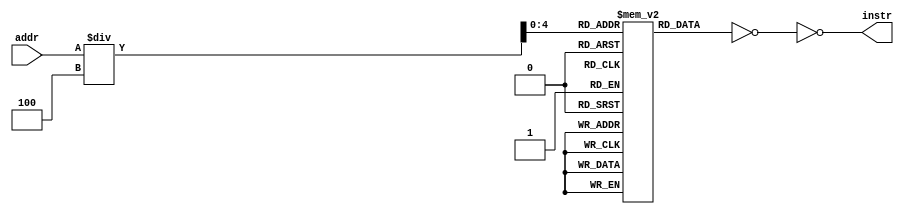
`timescale 1ps / 100fs
//////////////////////////////////////////////////////////////////////////////////
// Company: 
// Engineer: 
// 
// Design Name: 
// Module Name: Fetch
// Project Name: 
// Target Devices: 
// Tool Versions: 
// Description: 
// 
// Dependencies: 
// 
// Revision:
// Revision 0.01 - File Created
// Additional Comments:
// 
//////////////////////////////////////////////////////////////////////////////////
module InstructionMemory(addr,instr);

input [31:0]addr;
output [31:0] instr;
reg [31:0] instr_mem [31:0];
reg [31:0] temp;

always @(addr) begin
temp = instr_mem[addr/4];
end
assign instr = ~(~temp);

initial begin
instr_mem[0] = 32'b00000000100000110010100000100000 ;
instr_mem[1] = 32'b00110100011001100000000000000100;
instr_mem[2] = 32'b10101100011001010000000000000100;
instr_mem[3] = 32'b00000000100001100010100000100010;
instr_mem[4] = 32'b10001100011001100000000000000100;
end 

endmodule   

module Fetch(branch,zero,jump,pc,instr,pc_new);

input branch,zero,jump;
input [29:0] pc;
output [31:0] instr;
output [29:0] pc_new;

wire [31:0] addr;
wire [29:0]w2,w3,w4,w6,w7,w8;
wire w5;

assign addr[31:2] = pc;
assign addr[1:0] = 2'b0;

InstructionMemory instr_mem (addr,instr);

assign w2 = pc + 30'b1;
assign pc_new = pc + 30'b1;
assign w4 = {{14{instr[15]}},instr[15:0]};
assign w3 = w2 + w4;
assign w5 = branch && zero;
assign w6 = (w5 == 1'b1) ? w3 : w2;
assign w7[29:26]=pc[31:28];
assign w7[25:0] = instr[25:0];
//assign w7[1:0] = 2'b0;
assign w8 = (jump == 1'b1) ? w7 : w6;

endmodule